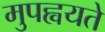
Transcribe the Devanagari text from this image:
मुपह्वयते